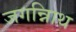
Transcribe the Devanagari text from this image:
जगन्नािथ